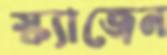
স্ক্যাজেন